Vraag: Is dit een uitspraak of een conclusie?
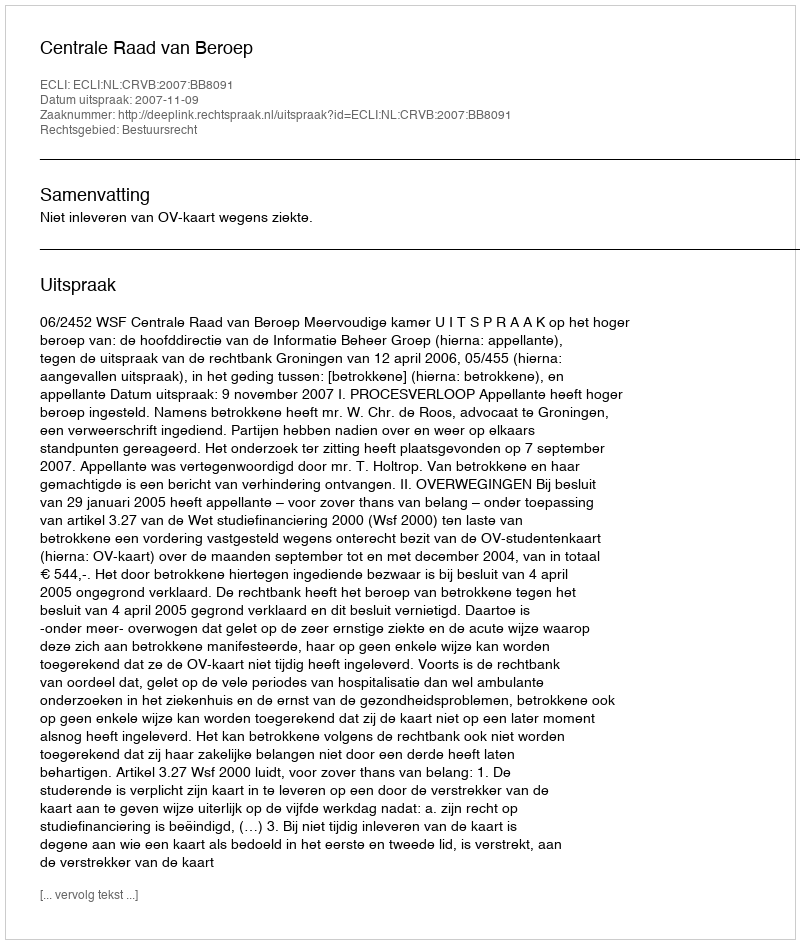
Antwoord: Uitspraak